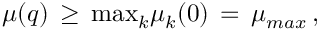
\mu ( q ) \, \geq \, \mathrm { m a x } _ { k } \mu _ { k } ( 0 ) \, = \, \mu _ { m a x } \, ,